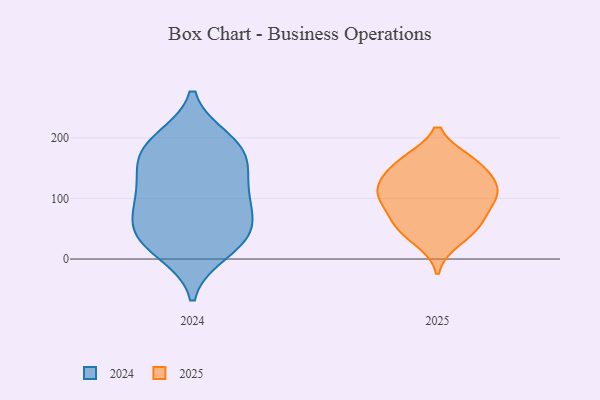
{"axis": {"x": "Population (Million)", "y": "Value"}, "legend": ["2024", "2025"], "data": [{"x": "", "y": 196, "type": "2024"}, {"x": "", "y": 12, "type": "2024"}, {"x": "", "y": 177, "type": "2024"}, {"x": "", "y": 128, "type": "2024"}, {"x": "", "y": 188, "type": "2024"}, {"x": "", "y": 93, "type": "2024"}, {"x": "", "y": 37, "type": "2024"}, {"x": "", "y": 63, "type": "2024"}, {"x": "", "y": 109, "type": "2024"}, {"x": "", "y": 35, "type": "2024"}, {"x": "", "y": 78, "type": "2024"}, {"x": "", "y": 175, "type": "2024"}, {"x": "", "y": 145, "type": "2024"}, {"x": "", "y": 31, "type": "2024"}, {"x": "", "y": 117, "type": "2025"}, {"x": "", "y": 162, "type": "2025"}, {"x": "", "y": 162, "type": "2025"}, {"x": "", "y": 110, "type": "2025"}, {"x": "", "y": 64, "type": "2025"}, {"x": "", "y": 102, "type": "2025"}, {"x": "", "y": 58, "type": "2025"}, {"x": "", "y": 50, "type": "2025"}, {"x": "", "y": 156, "type": "2025"}, {"x": "", "y": 132, "type": "2025"}, {"x": "", "y": 90, "type": "2025"}, {"x": "", "y": 31, "type": "2025"}, {"x": "", "y": 113, "type": "2025"}]}